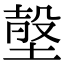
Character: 𡎷